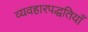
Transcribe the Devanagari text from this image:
व्यवहारपद्धतियाँ